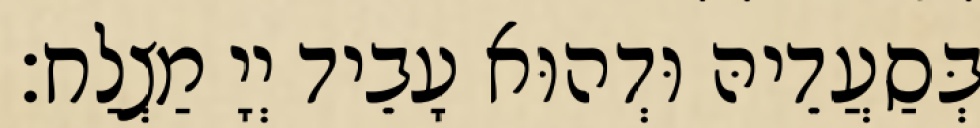
בְּסַעֲדֵיהּ וּדְהוּא עָבֵיד יְיָ מַצְלַח׃